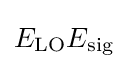
E_{\mathrm {LO} }E_{\mathrm {sig} }